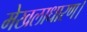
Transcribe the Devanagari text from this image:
मेखलाधारण।